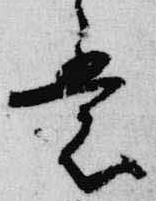
意